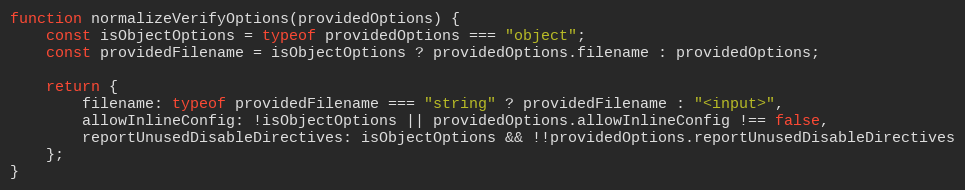
Language: JavaScript
function normalizeVerifyOptions(providedOptions) {
    const isObjectOptions = typeof providedOptions === "object";
    const providedFilename = isObjectOptions ? providedOptions.filename : providedOptions;

    return {
        filename: typeof providedFilename === "string" ? providedFilename : "<input>",
        allowInlineConfig: !isObjectOptions || providedOptions.allowInlineConfig !== false,
        reportUnusedDisableDirectives: isObjectOptions && !!providedOptions.reportUnusedDisableDirectives
    };
}